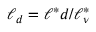
\ell _ { d } = \ell ^ { * } d / \ell _ { \nu } ^ { * }